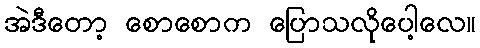
အဲဒီတော့ စောစောက ပြောသလိုပေါ့လေ။